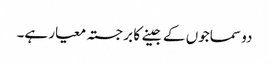
دو سماجوں کے جینے کا برجستہ معیار ہے۔